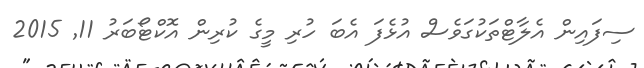
ސިފައިން އެލާޓްތަކުގަވެސް އުޅެފަ އެބަ ހުރި މީގެ ކުރިން އޮކްޓޯބަރު 11